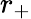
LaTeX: r_{+}